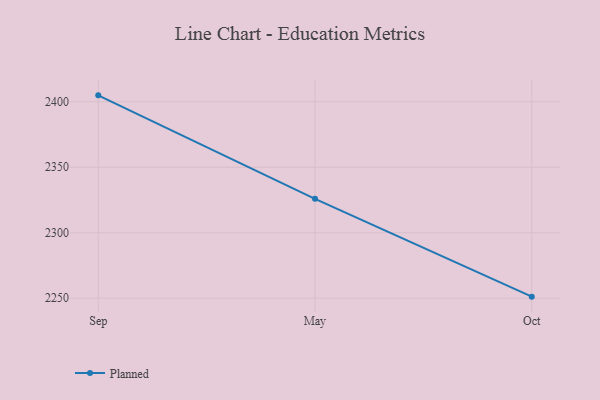
{"axis": {"x": "Month", "y": "Gross Profit (USD K)"}, "legend": ["Planned"], "data": [{"x": "Sep", "y": 2404.9, "type": "Planned"}, {"x": "May", "y": 2325.9, "type": "Planned"}, {"x": "Oct", "y": 2251.2, "type": "Planned"}]}